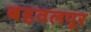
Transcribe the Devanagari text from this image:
बहवलपूर